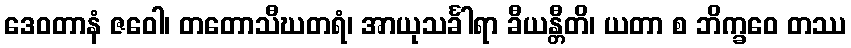
ဒေဝတာနံ ဇဝေါ၊ တတောသီဃတရံ၊ အာယုသင်္ခါရာ ခီယန္တီတိ၊ ယတာ စ ဘိက္ခဝေ တဿ